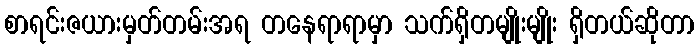
စာရင်းဇယားမှတ်တမ်းအရ တနေရာရာမှာ သက်ရှိတမျိုးမျိုး ရှိတယ်ဆိုတာ